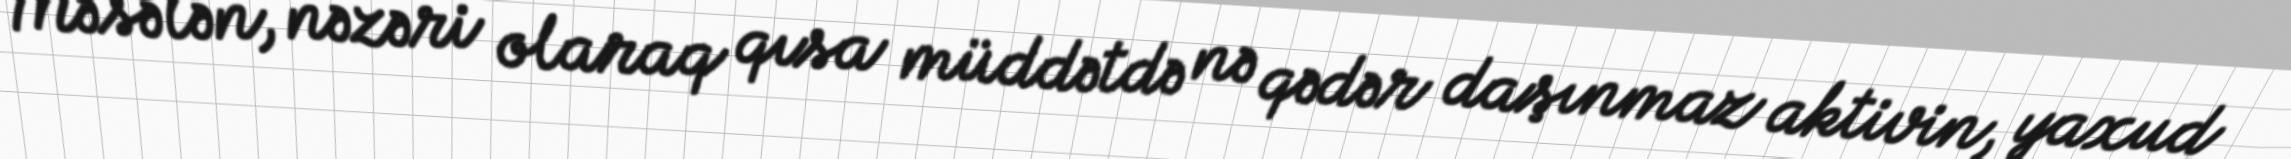
Məsələn, nəzəri olaraq qısa müddətdə nə qədər daşınmaz aktivin, yaxud